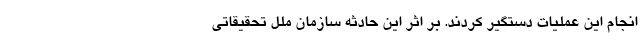
انجام این عملیات دستگیر کردند. بر اثر این حادثه سازمان ملل تحقیقاتی